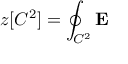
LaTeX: z [ C ^ { 2 } ] = \oint _ { C ^ { 2 } } { \mathbf E }